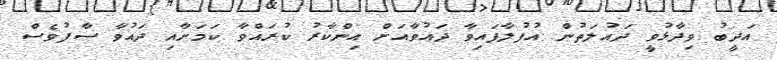
އަދީބު ވިދާޅުވީ ދައުލަތުން އުފުލާފައިވާ ދައުވާއަށް އިންކާރު ކުރައްވާ ކަމަށާއި ދައުވާ ސާފުވެސް